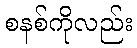
စနစ်ကိုလည်း